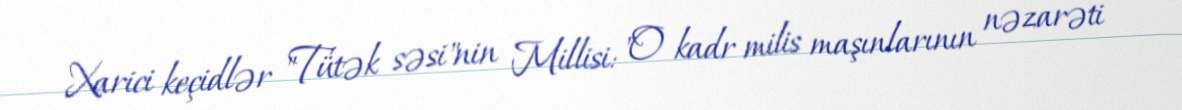
Xarici keçidlər "Tütək səsi"nin Millisi: "O kadr milis maşınlarının nəzarəti